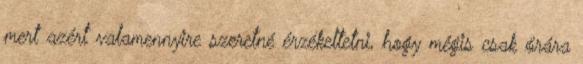
mert azért valamennyire szeretné érzékeltetni, hogy mégis csak órára